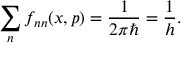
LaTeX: \sum _ { n } f _ { n n } ( x , p ) = \frac { 1 } { 2 \pi \hbar } = \frac { 1 } { h } .